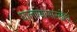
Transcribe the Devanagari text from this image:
घालण्यासारखेच